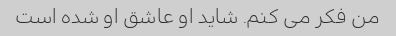
من فکر می کنم. شاید او عاشق او شده است